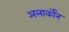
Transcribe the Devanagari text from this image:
अलार्कोंन